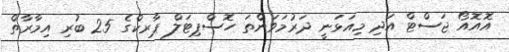
އޮއޮއޯ ޖަސްޓް އަދި މިއަޅަނީ ދަރުމަވަންތަ ހޮސްޕިޓަލް ޕާރކްގެ 25 ބުރި އިމާރާތް